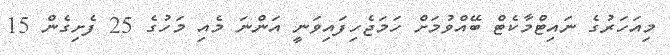
މިއަހަރުގެ ނައިޓްމާކެޓް ބޭއްވުމަށް ހަމަޖެހިފައިވަނީ އަންނަ މެއި މަހުގެ 25 ފެށިގެން 15